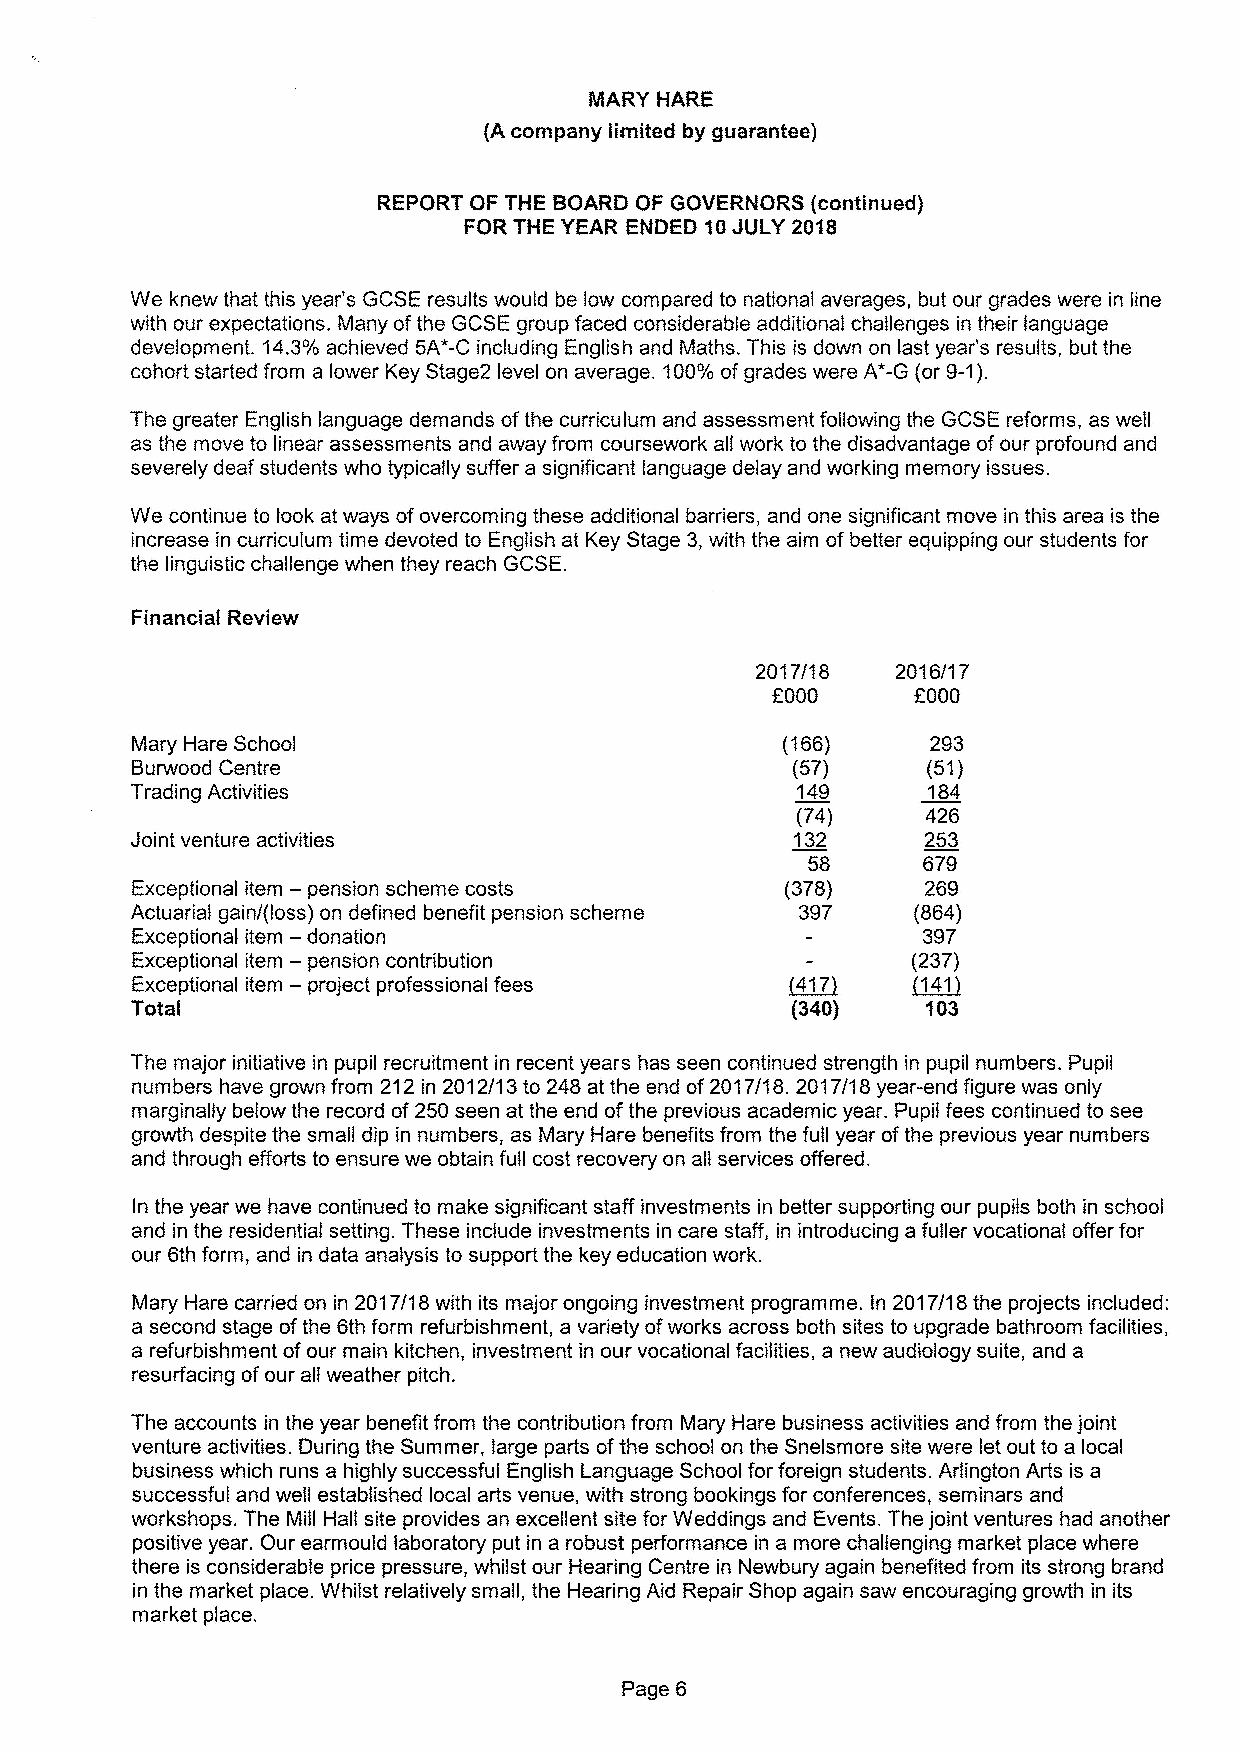
We knew that this year's GCSE results would be low compared to national averages, but our grades were in line
 with our expectations. Many ofthe GCSE group faced considerable additional challenges in their language
 development. 14.3'/o achieved 5A*-C including English and Maths. This is down on last year's results, but the
 cohort started from a lower Key Stage2 level on average. 100'/o ofgrades were A*-G {or9-1).
 The greater English language demands ofthe curriculum and assessment following the GCSE reforms, as well
 as the move to linear assessments and away from coursework all work to the disadvantage ofour profound and
 severely deaf students who typically suffer a significant language delay and working memory issues.
 We continue to look at ways ofovercoming these additional barriers, and one significant move in this area is the
 increase in curriculum time devoted to English at Key Stage 3,with the aim of better equipping our students for
 the linguistic challenge when they reach GCSE.
 Financial Review
 2017/18  2016/17
 f000     f000
 Mary Hare School                           (166)     293
 Burwood Centre                             (5?)     (51)
 Trading Activities                          149     184
 {74)    426
 Joint venture activities                    132     253
 58      679
 Exceptional item — pension scheme costs    (378)    269
 Actuarial gain/(loss) on defined benefit pension scheme 397 (864)
 Exceptional item — donation                         397
 Exceptional item — pension contribution            (237)
 Exceptional item — project professional fees       ~141
 Total                                               103
 The major initiative in pupil recruitment in recent years has seen continued strength in pupil numbers. Pupil
 numbers have grown from 212in 2012/1 3to 248 at the end of2017/18. 2017/18 year-end figure was oniy
 marginally below the record of250 seen at the end ofthe previous academic year. Pupil fees continued to see
 growth despite the small dip in numbers, as Mary Hare benefits from the fuli year ofthe previous year numbers
 and through efforts to ensure we obtain full cost recovery on all services offered.
 In the year we have continued to make significant staff investments in better supporting our pupils both in school
 and in the residential setting. These include investments in care staff, in introducing a fuller vocational offer for
 our 6th form, and in data analysis to support the key education work.
 Mary Hare carried on in 2017/18 with its major ongoing investment programme. In 2017/18 the projects included:
 a second stage ofthe 6th form refurbishment, a variety ofworks across both sites to upgrade bathroom facilities,
 a refurbishment ofour main kitchen, investment in our vocational facilities, a new audiology suite, and a
 resurfacing ofour all weather pitch.
 The accounts in the year benefit from the contribution from Mary Hare business activities and from the joint
 venture activities. During the Summer, large parts ofthe school on the Snelsmore site were let out to a local
 business which runs a highly successful English Language School for foreign students. Arlington Arts is a
 successful and well established local arts venue, with strong bookings for conferences, seminars and
 workshops. The Mill Hall site provides an excellent site for Weddings and Events. The joint ventures had another
 positive year. Our earmould laboratory put in a robust performance in a more challenging market place where
 there is considerable price pressure, whilst our Hearing Centre in Newbury again benefited from its strong brand
 in the market place. Whilst relatively smail, the Hearing Aid Repair Shop again saw encouraging growth in its
 market place.